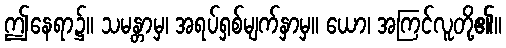
ဤနေရာ၌။ သမန္တာမှ၊ အရပ်ရှစ်မျက်နှာမှ။ ယော၊ အကြင်လူတို့၏။